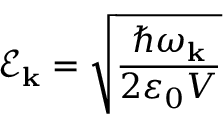
\mathscr { E } _ { \mathbf { k } } = \sqrt { \frac { \hbar \omega _ { \mathbf { k } } } { 2 \varepsilon _ { 0 } V } }